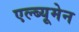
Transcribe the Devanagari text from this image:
एल्ब्यूमेन